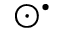
\odot ^ { \bullet }